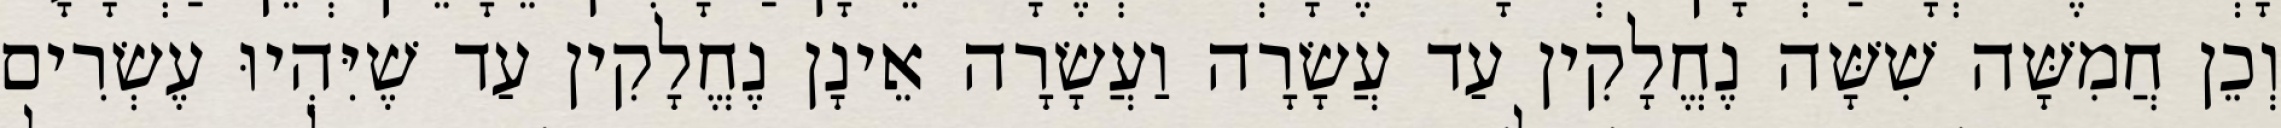
וְכֵן חֲמִשָּׁה שִׁשָּׁה נֶחֱלָקִין עַד עֲשָׂרָה וַעֲשָׂרָה אֵינָן נֶחֱלָקִין עַד שֶׁיִּהְיוּ עֶשְׂרִים